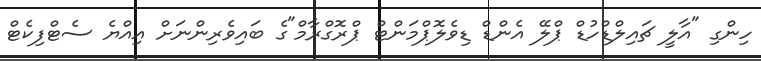
ހިންގި "އާލީ ޗައިލްޑްހުޑް ޕްލޭ އެންޑް ޑިވެލޮޕްމަންޓް ޕްރޮގްރާމް"ގެ ބައިވެރިންނަށް އިއްޔެ ސެޓްފިކެޓް